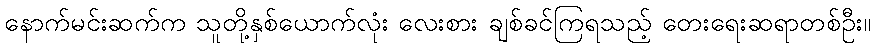
နောက်မင်းဆက်က သူတို့နှစ်ယောက်လုံး လေးစား ချစ်ခင်ကြရသည့် တေးရေးဆရာတစ်ဦး။